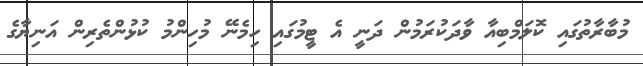
މުބާރާތުގައި ކޮލަމްބިއާ ވާދަކުރަމުން ދަނީ އެ ޓީމުގައި ހިމެނޭ މުހިންމު ކުޅުންތެރިން އަނިޔާގެ